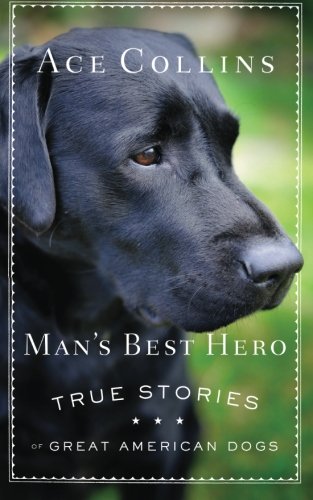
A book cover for Man's Best Hero: True Stories of Great American Dogs; Ace Collins; Crafts, Hobbies & Home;